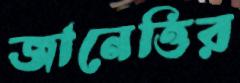
জানেত্তির